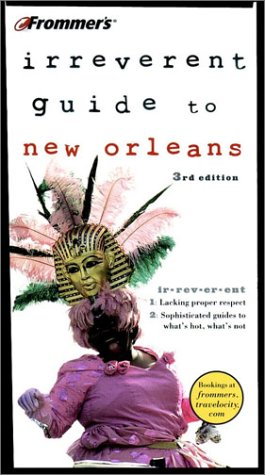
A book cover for Frommer's Irreverent Guide to New Orleans (Irreverent Guides); Guy Leblanc; Travel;